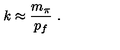
k \approx \frac { m _ { \pi } } { p _ { f } } \ .